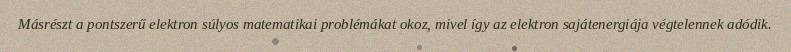
Másrészt a pontszerű elektron súlyos matematikai problémákat okoz, mivel így az elektron sajátenergiája végtelennek adódik.